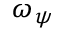
\omega _ { \psi }